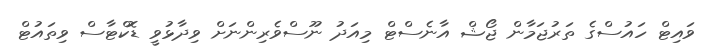
ވައިޓް ހައުސްގެ ތަރުޖަމާން ޖޯޝް އާނެސްޓް މިއަދު ނޫސްވެރިންނަށް ވިދާޅުވީ ޑޮކްޓާސް ވިތައުޓް